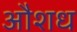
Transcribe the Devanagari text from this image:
औशध